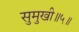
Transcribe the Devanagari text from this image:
सुमुखी॥५॥